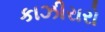
કાઝીરારો